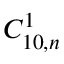
C _ { 1 0 , n } ^ { 1 }